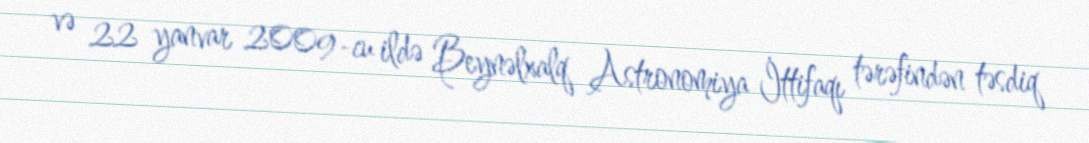
və 22 yanvar 2009-cu ildə Beynəlxalq Astronomiya İttifaqı tərəfindən təsdiq